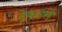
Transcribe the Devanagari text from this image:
ट्रेक्टरों